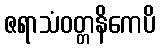
ဇရာသံဝတ္တနိကေပိ